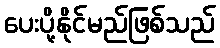
ပေးပို့နိုင်မည်ဖြစ်သည်